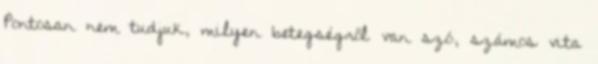
Pontosan nem tudjuk, milyen betegségről van szó, számos vita